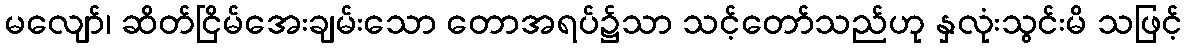
မလျော်၊ ဆိတ်ငြိမ်အေးချမ်းသော တောအရပ်၌သာ သင့်တော်သည်ဟု နှလုံးသွင်းမိ သဖြင့်